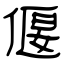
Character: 偃